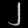
Digit: ၂